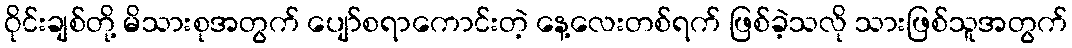
ဝိုင်းချစ်တို့ မိသားစုအတွက် ပျော်စရာကောင်းတဲ့ နေ့လေးတစ်ရက် ဖြစ်ခဲ့သလို သားဖြစ်သူအတွက်